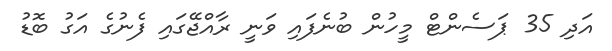
އަދި 35 ޕަސެންޓް މީހުން ބުނެފައި ވަނީ ރާއްޖޭގައި ފެނުގެ އަގު ބޮޑު